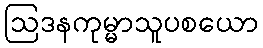
ဩဒနကုမ္မာသူပစယော